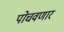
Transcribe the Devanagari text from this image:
पोचवणार